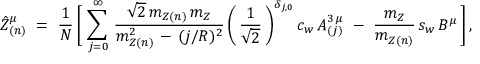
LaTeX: \hat { Z } _ { ( n ) } ^ { \mu } \ = \ \frac { 1 } { N } \, \bigg [ \, \sum _ { j = 0 } ^ { \infty } \, \frac { \sqrt { 2 } \, m _ { Z ( n ) } \, m _ { Z } } { m _ { Z ( n ) } ^ { 2 } \, - \, ( j / R ) ^ { 2 } } \, \bigg ( \, \frac { 1 } { \sqrt { 2 } } \, \bigg ) ^ { \delta _ { j , 0 } } \, c _ { w } \, A _ { ( j ) } ^ { 3 \, \mu } \ - \ \frac { m _ { Z } } { m _ { Z ( n ) } } \, s _ { w } \, B ^ { \mu } \, \bigg ] \, ,